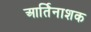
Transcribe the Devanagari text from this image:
आर्तिनाशक